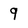
Character: 9